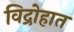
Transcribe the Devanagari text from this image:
विद्रोहात